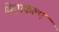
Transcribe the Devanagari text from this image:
व्दिपकल्प